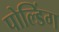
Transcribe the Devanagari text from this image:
पोल्डिंग